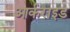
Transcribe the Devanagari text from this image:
आर्कराइड